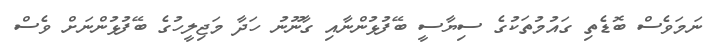
ނަމަވެސް ބޮޑެތި ގައުމުތަކުގެ ސިޔާސީ ބޭފުޅުންނާއި ގާނޫނު ހަދާ މަޖިލީހުގެ ބޭފުޅުންނަށް ވެސް